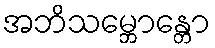
အဘိသမ္ဘောန္တော